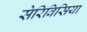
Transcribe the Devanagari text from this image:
सेरिविसिया